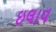
ઇલાવ